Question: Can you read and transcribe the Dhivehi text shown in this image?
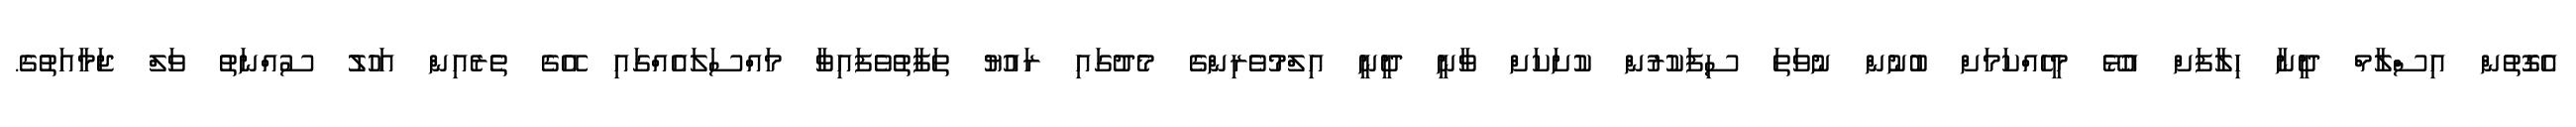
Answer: އެގޮތުން އިސްލާމް ދީނާ ހިލާފަށް އުޅޭ މީހެއްކަމަށް ބުނުން ނުވަތަ ސިފަކުރުން ކުށަކަށް ވާނީ ދީނީ އިލްމުވެރިންގެ މެދުގައި ރައުޔު ތަފާތުވެފައިވާ މައްސަލައެއްގައި އޭގެ ތެރެއިން އަހުލު ސުއްނަތު ވަލް ޖަމާއަތުގެ.